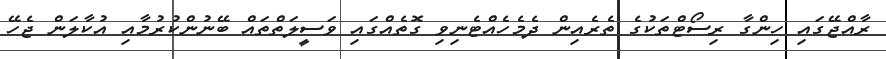
ރާއްޖޭގައި ހިންގާ ރިސޯޓްތަކުގެ ތެރެއިން ދެމެހެއްޓެނިވި ގޮތެއްގައި ވަސީލަތްތައް ބޭނުންކުރުމާއި އުކާލަން ޖެހޭ